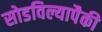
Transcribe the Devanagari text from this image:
सोडविल्यापैकी